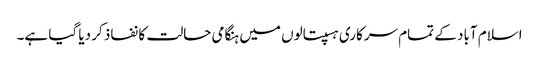
اسلام آباد کے تمام سرکاری ہسپتالوں میں ہنگامی حالت کا نفاذ کر دیا گیا ہے۔